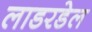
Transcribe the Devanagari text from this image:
लाडरडेल